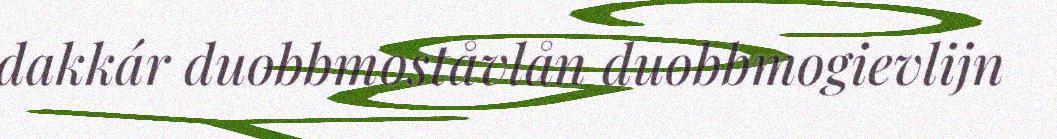
dakkár duobbmoståvlån duobbmogievlijn